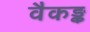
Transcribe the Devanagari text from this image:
वैकङ्क